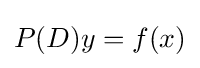
P(D)y=f(x)